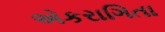
એકરાગિતા